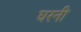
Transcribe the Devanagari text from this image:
घरनी